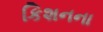
કિશનના